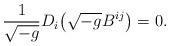
LaTeX: \begin{align*}\frac{1}{\sqrt{-g}} D_i \bigl(\sqrt{-g} B^{ij}\bigr) = 0.\end{align*}